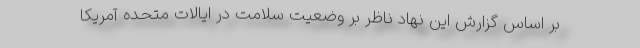
بر اساس گزارش این نهاد ناظر بر وضعیت سلامت در ایالات متحده آمریکا